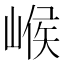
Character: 𡹵